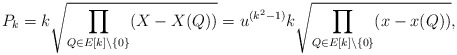
\begin{align*}P_{k} = k \sqrt{\prod_{Q\in E[k]\setminus\{0\}} (X-X(Q))} = u^{(k^2-1)} k \sqrt{\prod_{Q\in E[k]\setminus\{0\}} (x-x(Q))},\end{align*}